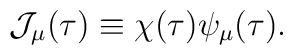
{\cal J}_\mu(\tau)\equiv \chi(\tau)\psi_\mu(\tau).